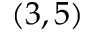
( 3 , 5 )